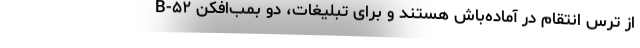
از ترس انتقام در آماده‌باش هستند و برای تبلیغات، دو بمب‌افکن B-۵۲